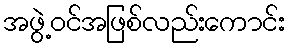
အဖွဲ့ဝင်အဖြစ်လည်းကောင်း